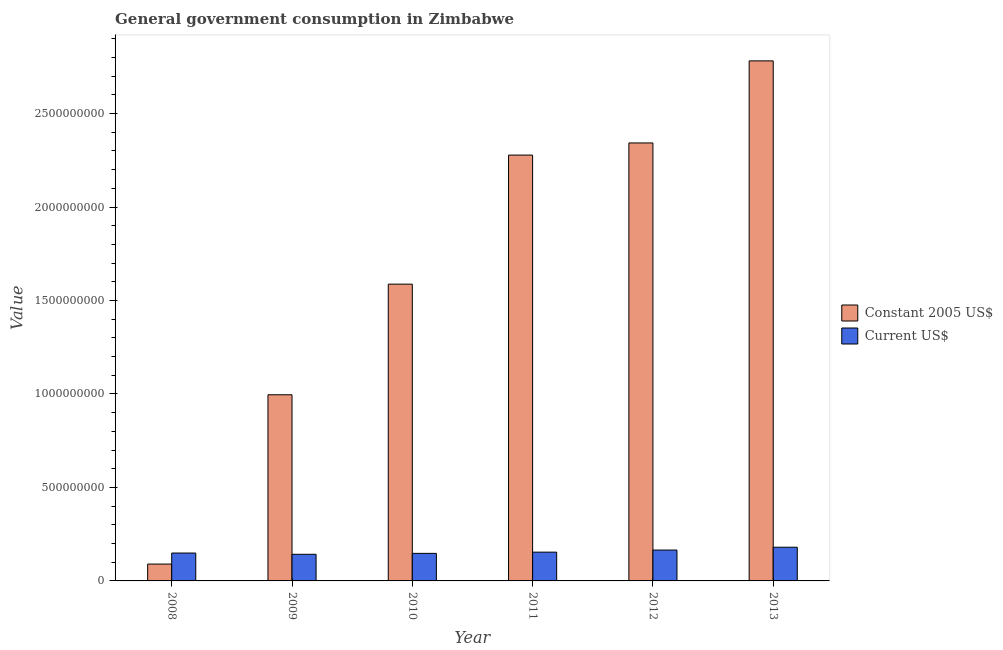
| Year | Constant 2005 US$ | Current US$ |
 | --- | --- | --- |
 | 2008 | 9.01e+07 | 1.49e+08 |
 | 2009 | 9.96e+08 | 1.42e+08 |
 | 2010 | 1.59e+09 | 1.47e+08 |
 | 2011 | 2.28e+09 | 1.54e+08 |
 | 2012 | 2.34e+09 | 1.65e+08 |
 | 2013 | 2.78e+09 | 1.8e+08 |